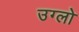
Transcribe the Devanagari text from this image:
उग्लो